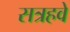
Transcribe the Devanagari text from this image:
सत्रहवे